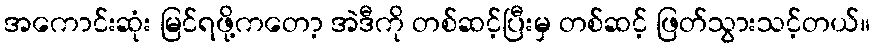
အကောင်းဆုံး မြင်ရဖို့ကတော့ အဲဒီကို တစ်ဆင့်ပြီးမှ တစ်ဆင့် ဖြတ်သွားသင့်တယ်။